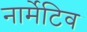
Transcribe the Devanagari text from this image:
नार्मेटिव